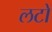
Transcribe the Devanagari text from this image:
लटों